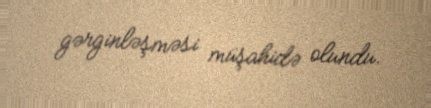
gərginləşməsi müşahidə olundu.